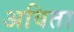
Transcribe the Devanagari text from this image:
अविता